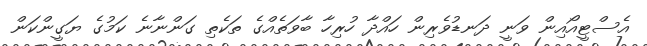
އެސްޓީއޯއިން ވަނީ ދަނޑުވެރިން ހައްދާ ހުރިހާ ބާވަތެއްގެ ތަކެތި ގަންނާނެ ކަމުގެ ޔަގީންކަން